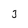
Character: j